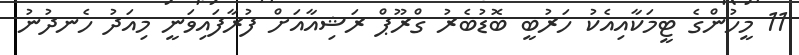
11 މީހުންގެ ޓީމަކާއިއެކު ހަރުބީ ބޮޑުބެރު ގްރޫޕް ރަޝިއާއަށް ފުރާފައިވަނީ މިއަދު ހެނދުނު